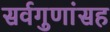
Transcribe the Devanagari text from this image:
सर्वगुणांसह